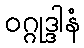
ဝဂ္ဂုဒ္ဒါနံ